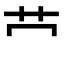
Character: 𫇦